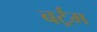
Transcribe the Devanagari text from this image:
बर्ट्रम